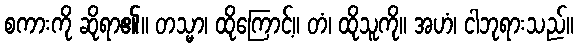
စကားကို ဆိုရာ၏။ တသ္မာ၊ ထိုကြောင့်။ တံ၊ ထိုသူကို။ အဟံ၊ ငါဘုရားသည်။